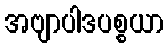
အဗျာပါဒပစ္စယာ